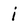
Character: i